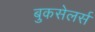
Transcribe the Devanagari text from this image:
बुकसेलर्स